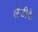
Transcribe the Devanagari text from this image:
लेडीके